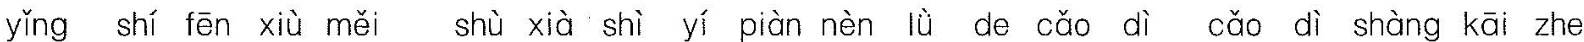
yǐng shí fēn xiù měi shù xià shì yī piàn nèn lǜ de cǎo dì cǎo dì shàng kāi zhe